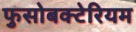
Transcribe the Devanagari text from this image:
फुसोबक्टेरियम